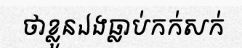
ថាខ្លួនឯងធ្លាប់កក់សក់